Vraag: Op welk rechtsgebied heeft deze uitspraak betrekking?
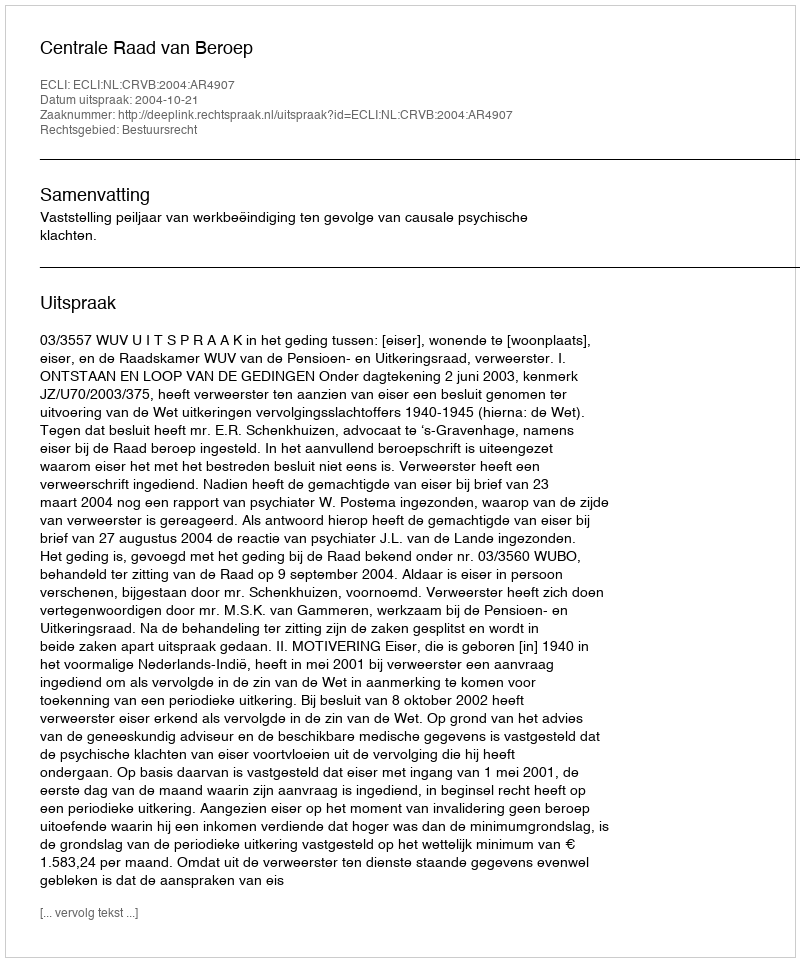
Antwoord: Bestuursrecht